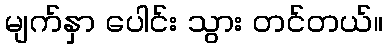
မျက်နှာ ပေါင်း သွား တင်တယ်။